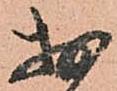
於